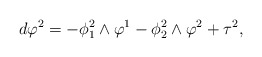
\begin{align*}d\varphi^2=-\phi_1^2\wedge\varphi^1-\phi_2^2\wedge\varphi^2+\tau^2,\end{align*}